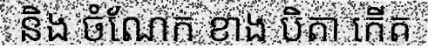
និង ចំណែក ខាង បិតា កើត